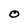
Character: O